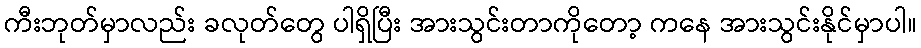
ကီးဘုတ်မှာလည်း ခလုတ်တွေ ပါရှိပြီး အားသွင်းတာကိုတော့ ကနေ အားသွင်းနိုင်မှာပါ။